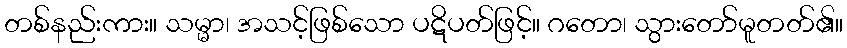
တစ်နည်းကား။ သမ္မာ၊ အသင့်ဖြစ်သော ပဋိပတ်ဖြင့်။ ဂတော၊ သွားတော်မူတတ်၏။